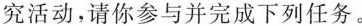
究活动，请你参与并完成下列任务。